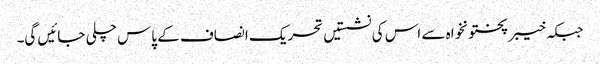
جبکہ خیبر پختونخواہ سے اس کی نشستیں تحریک انصاف کے پاس چلی جائیں گی۔